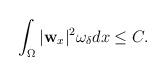
LaTeX: \begin{align*} &\int_\Omega|\mathbf{w}_x|^2 \omega_\delta dx \leq C. \end{align*}